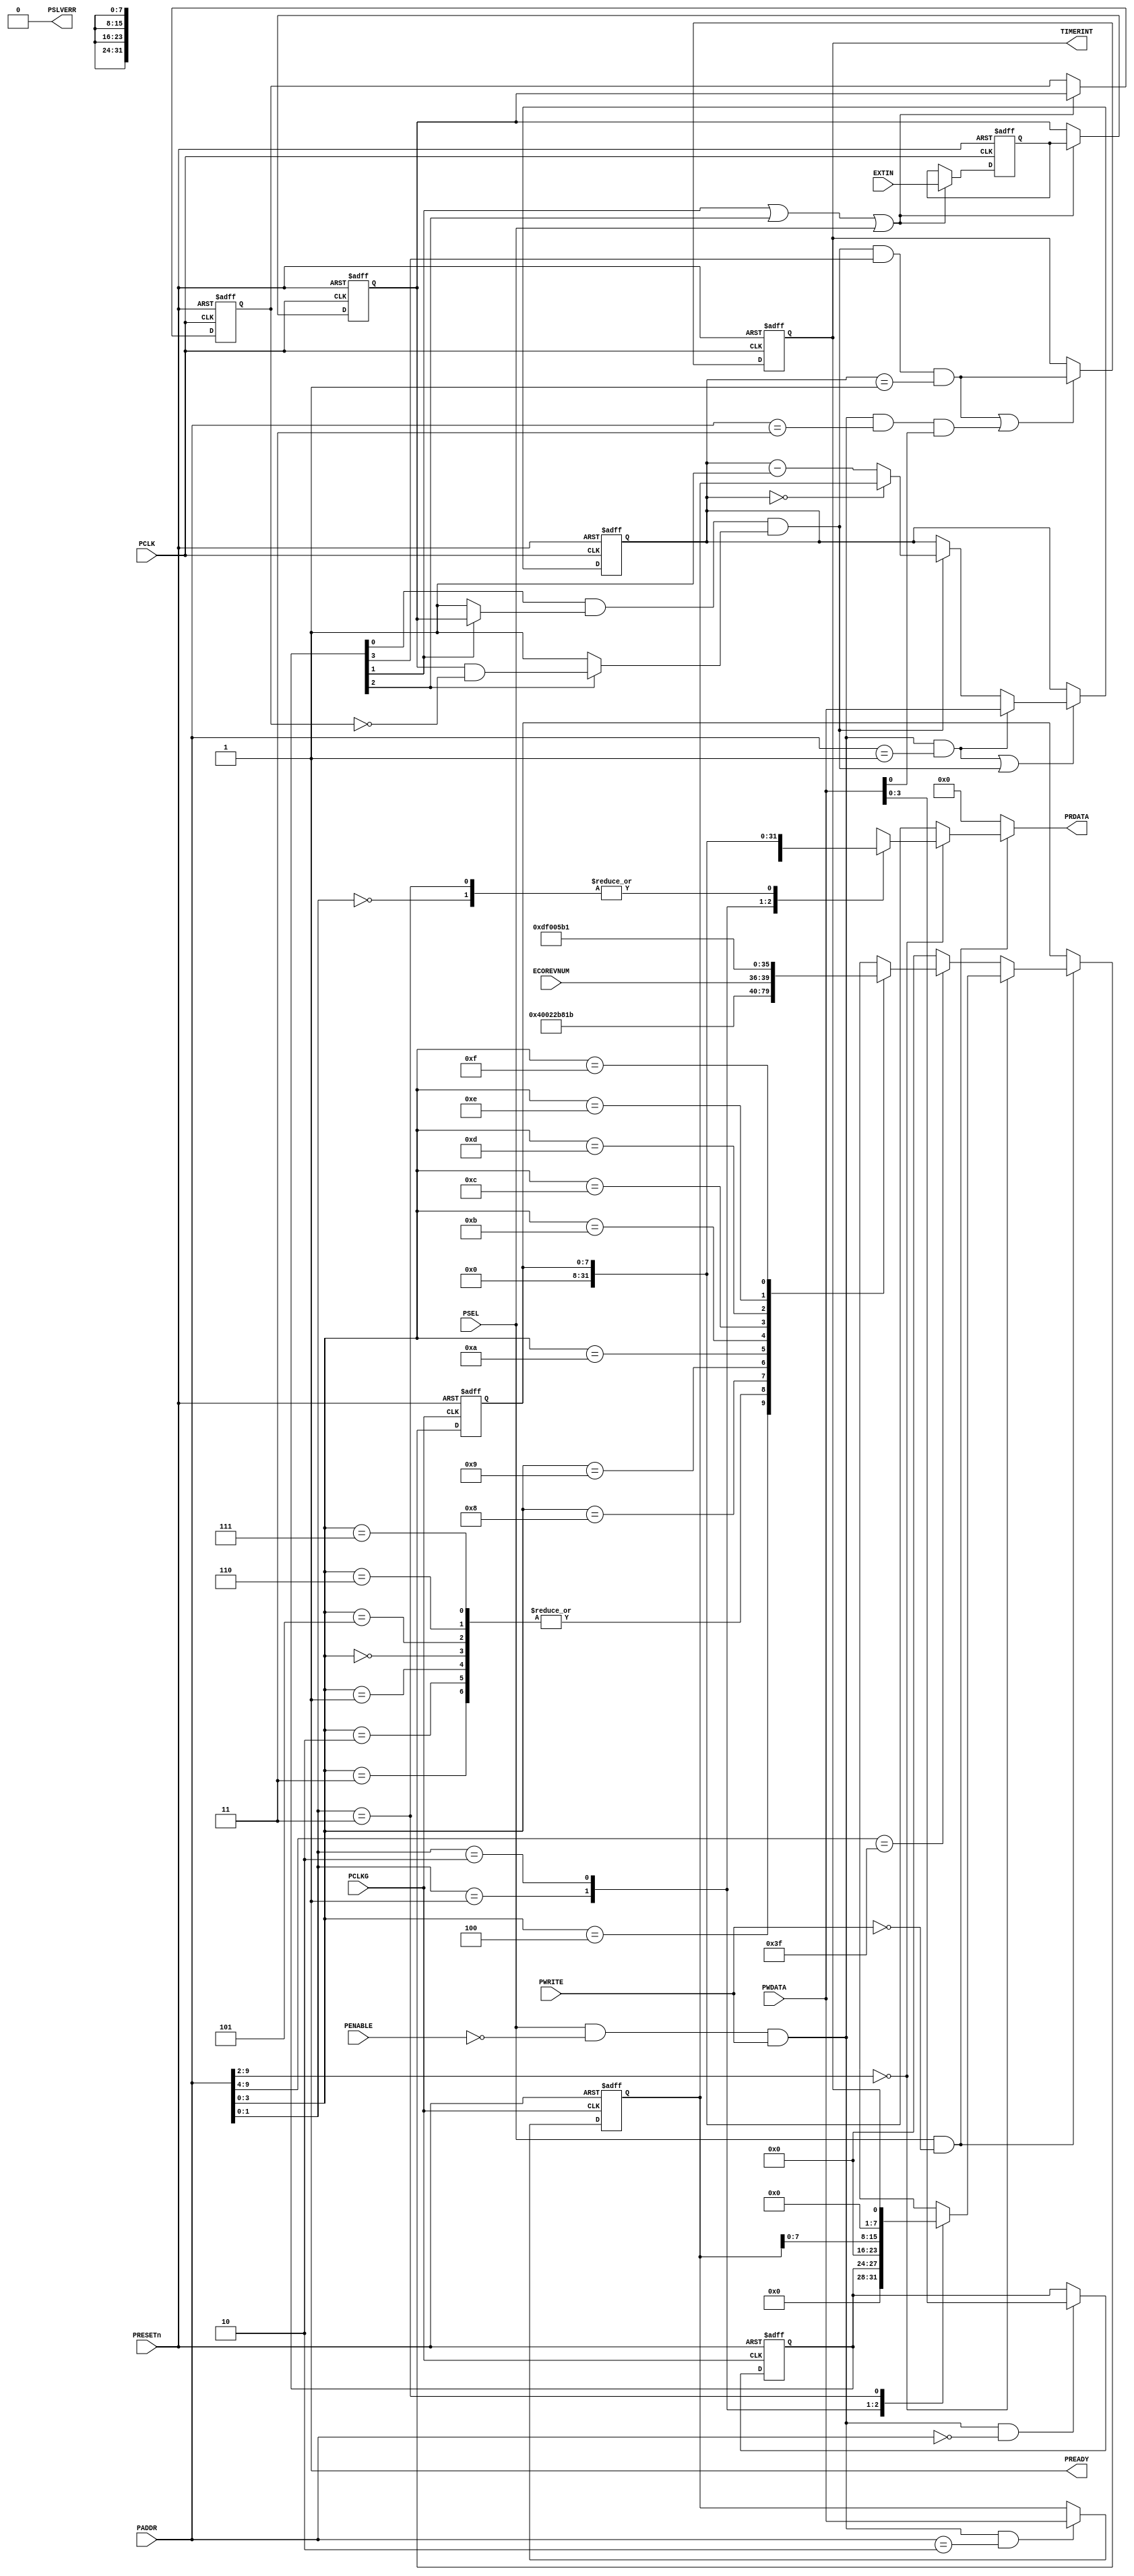
//-----------------------------------------------------------------------------
// The confidential and proprietary information contained in this file may
// only be used by a person authorised under and to the extent permitted
// by a subsisting licensing agreement from ARM Limited.
//
//            (C) COPYRIGHT 2010-2013 ARM Limited.
//                ALL RIGHTS RESERVED
//
// This entire notice must be reproduced on all copies of this file
// and copies of this file may only be made by a person if such person is
// permitted to do so under the terms of a subsisting license agreement
// from ARM Limited.
//
//      SVN Information
//
//      Checked In          : $Date: 2013-01-10 15:38:18 +0000 (Thu, 10 Jan 2013) $
//
//      Revision            : $Revision: 233272 $
//
//      Release Information : Cortex-M System Design Kit-r1p0-00rel0
//
//-----------------------------------------------------------------------------
//-----------------------------------------------------------------------------
// Abstract : Simple APB timer
//-----------------------------------------------------------------------------
//
//-------------------------------------
// Programmer's model
// 0x00 RW    CTRL[3:0]
//              [3] Timer Interrupt Enable
//              [2] Select External input as Clock
//              [1] Select External input as Enable
//              [0] Enable
// 0x04 RW    Current Value[31:0]
// 0x08 RW    Reload Value[31:0]
// 0x0C R/Wc  Timer Interrupt
//              [0] Interrupt, right 1 to clear
// 0x3E0 - 0x3FC  ID registers
//-------------------------------------

module cmsdk_apb_timer (
  input  wire        PCLK,    // PCLK for timer operation
  input  wire        PCLKG,   // Gated clock
  input  wire        PRESETn, // Reset

  input  wire        PSEL,    // Device select
  input  wire [11:2] PADDR,   // Address
  input  wire        PENABLE, // Transfer control
  input  wire        PWRITE,  // Write control
  input  wire [31:0] PWDATA,  // Write data

  input  wire  [3:0] ECOREVNUM,// Engineering-change-order revision bits

  output wire [31:0] PRDATA,  // Read data
  output wire        PREADY,  // Device ready
  output wire        PSLVERR, // Device error response

  input  wire        EXTIN,   // External input

  output wire        TIMERINT); // Timer interrupt output

// Local ID parameters, APB timer part number is 0x822
localparam  ARM_CMSDK_APB_TIMER_PID0 = 8'h22;
localparam  ARM_CMSDK_APB_TIMER_PID1 = 8'hB8;
localparam  ARM_CMSDK_APB_TIMER_PID2 = 8'h1B;
localparam  ARM_CMSDK_APB_TIMER_PID3 = 4'h0;
localparam  ARM_CMSDK_APB_TIMER_PID4 = 8'h04;
localparam  ARM_CMSDK_APB_TIMER_PID5 = 8'h00;
localparam  ARM_CMSDK_APB_TIMER_PID6 = 8'h00;
localparam  ARM_CMSDK_APB_TIMER_PID7 = 8'h00;
localparam  ARM_CMSDK_APB_TIMER_CID0 = 8'h0D;
localparam  ARM_CMSDK_APB_TIMER_CID1 = 8'hF0;
localparam  ARM_CMSDK_APB_TIMER_CID2 = 8'h05;
localparam  ARM_CMSDK_APB_TIMER_CID3 = 8'hB1;

// Signals for read/write controls
wire          read_enable;
wire          write_enable;
wire          write_enable00; // Write enable for Control register
wire          write_enable04; // Write enable for Current Value register
wire          write_enable08; // Write enable for Reload Value register
wire          write_enable0c; // Write enable for Interrupt register
reg     [7:0] read_mux_byte0;
reg     [7:0] read_mux_byte0_reg;
reg    [31:0] read_mux_word;
wire    [3:0] pid3_value;

// Signals for Control registers
reg     [3:0] reg_ctrl;
reg    [31:0] reg_curr_val;
reg    [31:0] reg_reload_val;
reg    [31:0] nxt_curr_val;

// Internal signals
reg           ext_in_sync1;  // Synchronisation registers for external input
reg           ext_in_sync2;  // Synchronisation registers for external input
reg           ext_in_delay;  // Delay register for edge detection
wire          ext_in_enable; // enable control for external input
wire          dec_ctrl;      // Decrement control
wire          clk_ctrl;      // Clk select result
wire          enable_ctrl;   // Enable select result
wire          edge_detect;   // Edge detection
reg           reg_timer_int; // Timer interrupt output register
wire          timer_int_clear; // Clear timer interrupt status
wire          timer_int_set;   // Set timer interrupt status
wire          update_timer_int;// Update Timer interrupt output register

// Start of main code
// Read and write control signals
assign  read_enable  = PSEL & (~PWRITE); // assert for whole APB read transfer
assign  write_enable = PSEL & (~PENABLE) & PWRITE; // assert for 1st cycle of write transfer
assign  write_enable00 = write_enable & (PADDR[11:2] == 10'h000);
assign  write_enable04 = write_enable & (PADDR[11:2] == 10'h001);
assign  write_enable08 = write_enable & (PADDR[11:2] == 10'h002);
assign  write_enable0c = write_enable & (PADDR[11:2] == 10'h003);

// Write operations
  // Control register
  always @(posedge PCLKG or negedge PRESETn)
  begin
    if (~PRESETn)
      reg_ctrl <= {4{1'b0}};
    else if (write_enable00)
      reg_ctrl <= PWDATA[3:0];
  end

  // Current Value register
  always @(posedge PCLK or negedge PRESETn)
  begin
    if (~PRESETn)
      reg_curr_val <= {32{1'b0}};
    else if (write_enable04 | dec_ctrl)
      reg_curr_val <= nxt_curr_val;
  end

  // Reload Value register
  always @(posedge PCLKG or negedge PRESETn)
  begin
    if (~PRESETn)
      reg_reload_val <= {32{1'b0}};
    else if (write_enable08)
      reg_reload_val <= PWDATA[31:0];
  end

// Read operation, partitioned into two parts to reduce gate counts
// and improve timing
  assign pid3_value  = ARM_CMSDK_APB_TIMER_PID3;

  // lower 8 bits -registered. Current value register mux not done here
  // because the value can change every cycle
always @(PADDR or reg_ctrl or reg_reload_val or reg_timer_int or
   ECOREVNUM or pid3_value)
  begin
   if (PADDR[11:4] == 8'h00) begin
     case (PADDR[3:2])
     2'h0: read_mux_byte0 =  {{4{1'b0}}, reg_ctrl};
     2'h1: read_mux_byte0 =   {8{1'b0}};
     2'h2: read_mux_byte0 =  reg_reload_val[7:0];
     2'h3: read_mux_byte0 =  {{7{1'b0}}, reg_timer_int};
     default:  read_mux_byte0 =   {8{1'bx}};// x propagation
     endcase
   end
   else if (PADDR[11:6] == 6'h3F) begin
     case  (PADDR[5:2])
       4'h0, 4'h1,4'h2,4'h3: read_mux_byte0 =   {8{1'b0}};
   // ID register - constant values
       4'h4: read_mux_byte0 = ARM_CMSDK_APB_TIMER_PID4; // 0xFD0 : PID 4
       4'h5: read_mux_byte0 = ARM_CMSDK_APB_TIMER_PID5; // 0xFD4 : PID 5
       4'h6: read_mux_byte0 = ARM_CMSDK_APB_TIMER_PID6; // 0xFD8 : PID 6
       4'h7: read_mux_byte0 = ARM_CMSDK_APB_TIMER_PID7; // 0xFDC : PID 7
       4'h8: read_mux_byte0 = ARM_CMSDK_APB_TIMER_PID0; // 0xFE0 : PID 0  APB timer part number[7:0]
       4'h9: read_mux_byte0 = ARM_CMSDK_APB_TIMER_PID1; // 0xFE0 : PID 1 [7:4] jep106_id_3_0. [3:0] part number [11:8]
       4'hA: read_mux_byte0 = ARM_CMSDK_APB_TIMER_PID2; // 0xFE0 : PID 2 [7:4] revision, [3] jedec_used. [2:0] jep106_id_6_4
       4'hB: read_mux_byte0 = {ECOREVNUM[3:0],pid3_value[3:0]};
                                                       // 0xFE0 : PID 3 [7:4] ECO revision, [3:0] modification number
       4'hC: read_mux_byte0 = ARM_CMSDK_APB_TIMER_CID0; // 0xFF0 : CID 0
       4'hD: read_mux_byte0 = ARM_CMSDK_APB_TIMER_CID1; // 0xFF4 : CID 1 PrimeCell class
       4'hE: read_mux_byte0 = ARM_CMSDK_APB_TIMER_CID2; // 0xFF8 : CID 2
       4'hF: read_mux_byte0 = ARM_CMSDK_APB_TIMER_CID3; // 0xFFC : CID 3
       default : read_mux_byte0 = {8{1'bx}}; // x propogation
      endcase
    end
    else begin
       read_mux_byte0 =   {8{1'b0}};     //default read out value
    end
  end

  // Register read data
  always @(posedge PCLKG or negedge PRESETn)
  begin
    if (~PRESETn)
      read_mux_byte0_reg <= {8{1'b0}};
    else if (read_enable)
      read_mux_byte0_reg <= read_mux_byte0;
  end

  // Second level of read mux
  always @(PADDR or read_mux_byte0_reg or reg_curr_val or reg_reload_val)
  begin
  if (PADDR[11:4] == 8'h00) begin
    case (PADDR[3:2])
      2'b01:   read_mux_word = {reg_curr_val[31:0]};
      2'b10:   read_mux_word = {reg_reload_val[31:8],read_mux_byte0_reg};
      2'b00,2'b11:  read_mux_word = {{24{1'b0}} ,read_mux_byte0_reg};
      default : read_mux_word = {32{1'bx}};
    endcase
  end
  else begin
    read_mux_word = {{24{1'b0}}  ,read_mux_byte0_reg};
  end
  end

  // Output read data to APB
  assign PRDATA = (read_enable) ? read_mux_word : {32{1'b0}};
  assign PREADY  = 1'b1; // Always ready
  assign PSLVERR = 1'b0; // Always okay

  assign ext_in_enable = reg_ctrl[1] | reg_ctrl[2] | PSEL;

  // Synchronize input and delay for edge detection
  always @(posedge PCLK or negedge PRESETn)
  begin
    if (~PRESETn)
      begin
      ext_in_sync1 <= 1'b0;
      ext_in_sync2 <= 1'b0;
      ext_in_delay <= 1'b0;
      end
    else if (ext_in_enable)
      begin
      ext_in_sync1 <= EXTIN;
      ext_in_sync2 <= ext_in_sync1;
      ext_in_delay <= ext_in_sync2;
      end
  end

  // Edge detection
  assign edge_detect = ext_in_sync2 & (~ext_in_delay);

  // Clock selection
  assign clk_ctrl    = reg_ctrl[2] ? edge_detect : 1'b1;

  // Enable selection
  assign enable_ctrl = reg_ctrl[1] ? ext_in_sync2 : 1'b1;

  // Overall decrement control
  assign dec_ctrl    = reg_ctrl[0] & enable_ctrl & clk_ctrl;

  // Decrement counter
  always @(write_enable04 or PWDATA or dec_ctrl or reg_curr_val or
  reg_reload_val)
  begin
  if (write_enable04)
    nxt_curr_val = PWDATA[31:0]; // Software write to timer
  else if (dec_ctrl)
    begin
    if (reg_curr_val == {32{1'b0}})
      nxt_curr_val = reg_reload_val; // Reload
    else
      nxt_curr_val = reg_curr_val - 1'b1; // Decrement
    end
  else
    nxt_curr_val = reg_curr_val; // Unchanged
  end

  // Interrupt generation
  // Trigger an interrupt when decrement to 0 and interrupt enabled
  // and hold it until clear by software
  assign timer_int_set   = (dec_ctrl & reg_ctrl[3] & (reg_curr_val==32'h00000001));
  assign timer_int_clear = write_enable0c & PWDATA[0];
  assign update_timer_int= timer_int_set | timer_int_clear;

  // Registering interrupt output
  always @(posedge PCLK or negedge PRESETn)
  begin
    if (~PRESETn)
      reg_timer_int <= 1'b0;
    else if (update_timer_int)
      reg_timer_int <= timer_int_set;
  end

  // Connect to external
  assign TIMERINT = reg_timer_int;

`ifdef ARM_APB_ASSERT_ON
`include "std_ovl_defines.h"

   // ------------------------------------------------------------
   // Assertions
   // ------------------------------------------------------------
   wire ovl_write_setup     = PSEL & (~PENABLE) &  PWRITE ;

   wire ovl_read_access     = PSEL & (~PWRITE) & PENABLE & PREADY;
   wire ovl_write_access    = PSEL & ( PWRITE) & PENABLE & PREADY;

   wire [7:0] ovl_apb_timer_pid3      = {ECOREVNUM[3:0], pid3_value[3:0]};
   reg  [7:0] ovl_apb_timer_pid3_d1;

   reg ovl_write_access_d1;
   reg ovl_write_setup_d1;

   reg [9:0] ovl_paddr_d1;
   reg [31:0] ovl_pwdata_d1;

   reg [3:0] ovl_reg_ctrl_d1;
   reg ovl_reg_timer_int_d1, ovl_timer_int_set_d1;

   always @(posedge PCLK or negedge PRESETn)
   if (~PRESETn)
     begin
       ovl_write_access_d1 <= 1'b0;
       ovl_write_setup_d1 <= 1'b0;
     end
   else
     begin
       ovl_write_setup_d1 <= ovl_write_setup;
       ovl_write_access_d1 <= ovl_write_access;
     end

   always @(posedge PCLK or negedge PRESETn)
   if (~PRESETn)
     begin
       ovl_paddr_d1 <= 10'b0000;
       ovl_pwdata_d1 <= 32'h00000000;
       ovl_apb_timer_pid3_d1 <= 8'h00;
     end
   else
     begin
       ovl_paddr_d1 <= PADDR;
       ovl_pwdata_d1 <= PWDATA;
       ovl_apb_timer_pid3_d1 <= ovl_apb_timer_pid3;
     end

   always @(posedge PCLK or negedge PRESETn)
   if (~PRESETn)
     begin
       ovl_reg_ctrl_d1 <= 4'b0000;
       ovl_reg_timer_int_d1 <= 1'b0;
       ovl_timer_int_set_d1 <= 1'b0;
     end
   else
     begin
       ovl_reg_timer_int_d1 <= reg_timer_int;
       ovl_timer_int_set_d1 <= timer_int_set;
       ovl_reg_ctrl_d1 <= reg_ctrl;
     end

    // A read access on PIDx must always return the expected value

   assert_implication
     #(`OVL_ERROR,`OVL_ASSERT,
       "The PID 4 value must be equal to the expected value.")
   u_ovl_pid4_read_value
     (.clk              (PCLK),
      .reset_n          (PRESETn),
      .antecedent_expr  (ovl_read_access & (PADDR[11:2] == 10'h3F4)),
      .consequent_expr  (PRDATA[7:0] == ARM_CMSDK_APB_TIMER_PID4)
      );

   assert_implication
     #(`OVL_ERROR,`OVL_ASSERT,
       "The PID 5 value must be equal to the expected value.")
   u_ovl_pid5_read_value
     (.clk              (PCLK),
      .reset_n          (PRESETn),
      .antecedent_expr  (ovl_read_access & (PADDR[11:2] == 10'h3F5)),
      .consequent_expr  (PRDATA[7:0] == ARM_CMSDK_APB_TIMER_PID5)
      );

   assert_implication
     #(`OVL_ERROR,`OVL_ASSERT,
       "The PID 6 value must be equal to the expected value.")
   u_ovl_pid6_read_value
     (.clk              (PCLK),
      .reset_n          (PRESETn),
      .antecedent_expr  (ovl_read_access & (PADDR[11:2] == 10'h3F6)),
      .consequent_expr  (PRDATA[7:0] == ARM_CMSDK_APB_TIMER_PID6)
      );

   assert_implication
     #(`OVL_ERROR,`OVL_ASSERT,
       "The PID 7 value must be equal to the expected value.")
   u_ovl_pid7_read_value
     (.clk              (PCLK),
      .reset_n          (PRESETn),
      .antecedent_expr  (ovl_read_access & (PADDR[11:2] == 10'h3F7)),
      .consequent_expr  (PRDATA[7:0] == ARM_CMSDK_APB_TIMER_PID7)
      );

   assert_implication
     #(`OVL_ERROR,`OVL_ASSERT,
       "The PID 0 value must be equal to the expected value.")
   u_ovl_pid0_read_value
     (.clk              (PCLK),
      .reset_n          (PRESETn),
      .antecedent_expr  (ovl_read_access & (PADDR[11:2] == 10'h3F8)),
      .consequent_expr  (PRDATA[7:0] ==  ARM_CMSDK_APB_TIMER_PID0)
      );

   assert_implication
     #(`OVL_ERROR,`OVL_ASSERT,
       "The PID 1 value must be equal to the expected value.")
   u_ovl_pid1_read_value
     (.clk              (PCLK),
      .reset_n          (PRESETn),
      .antecedent_expr  (ovl_read_access & (PADDR[11:2] == 10'h3F9)),
      .consequent_expr  (PRDATA[7:0] == ARM_CMSDK_APB_TIMER_PID1)
      );

   assert_implication
     #(`OVL_ERROR,`OVL_ASSERT,
       "The PID 2 value must be equal to the expected value.")
   u_ovl_pid2_read_value
     (.clk              (PCLK),
      .reset_n          (PRESETn),
      .antecedent_expr  (ovl_read_access & (PADDR[11:2] == 10'h3FA)),
      .consequent_expr  (PRDATA[7:0] == ARM_CMSDK_APB_TIMER_PID2)
      );

   assert_implication
     #(`OVL_ERROR,`OVL_ASSERT,
       "The PID 3 value must be equal to the expected value.")
   u_ovl_pid3_read_value
     (.clk              (PCLK),
      .reset_n          (PRESETn),
      .antecedent_expr  (ovl_read_access & (PADDR[11:2] == 10'h3FB)),
      .consequent_expr  (PRDATA[7:0] == ovl_apb_timer_pid3_d1)
      );

   // A read access on CIDx must always return the expected value

   assert_implication
     #(`OVL_ERROR,`OVL_ASSERT,
       "The CID 0 value must be equal to the expected value.")
   u_ovl_cid0_read_value
     (.clk              (PCLK),
      .reset_n          (PRESETn),
      .antecedent_expr  (ovl_read_access & (PADDR[11:2] == 10'h3FC)),
      .consequent_expr  (PRDATA[7:0] ==  ARM_CMSDK_APB_TIMER_CID0)
      );

   assert_implication
     #(`OVL_ERROR,`OVL_ASSERT,
       "The CID 1 value must be equal to the expected value.")
   u_ovl_cid1_read_value
     (.clk              (PCLK),
      .reset_n          (PRESETn),
      .antecedent_expr  (ovl_read_access & (PADDR[11:2] == 10'h3FD)),
      .consequent_expr  (PRDATA[7:0] == ARM_CMSDK_APB_TIMER_CID1)
      );

   assert_implication
     #(`OVL_ERROR,`OVL_ASSERT,
       "The CID 2 value must be equal to the expected value.")
   u_ovl_cid2_read_value
     (.clk              (PCLK),
      .reset_n          (PRESETn),
      .antecedent_expr  (ovl_read_access & (PADDR[11:2] == 10'h3FE)),
      .consequent_expr  (PRDATA[7:0] == ARM_CMSDK_APB_TIMER_CID2)
      );

   assert_implication
     #(`OVL_ERROR,`OVL_ASSERT,
       "The CID 3 value must be equal to the expected value.")
   u_ovl_cid3_read_value
     (.clk              (PCLK),
      .reset_n          (PRESETn),
      .antecedent_expr  (ovl_read_access & (PADDR[11:2] == 10'h3FF)),
      .consequent_expr  (PRDATA[7:0] == ARM_CMSDK_APB_TIMER_CID3)
      );

   // Clear interrupt with software access

   assert_implication
     #(`OVL_ERROR, `OVL_ASSERT,
       "A software clear must clear the interrupt correctly.")
   u_ovl_interrupt_clear
     (.clk              (PCLK),
      .reset_n          (PRESETn),
      .antecedent_expr  (ovl_write_setup_d1 & (ovl_paddr_d1[9:0] == 10'h003) & ovl_pwdata_d1[0]
                         & (ovl_reg_timer_int_d1 == 1'b1) & (~ovl_timer_int_set_d1)),
      .consequent_expr  (reg_timer_int == 1'b0)
      );


   // Check register set command: CTRL[3] register

   assert_implication
    #(`OVL_ERROR, //1,1,0,
      `OVL_ASSERT,
      "Write 1 to set the Timer Interrupt Enable"
      )
    u_ovl_apb_timer_set_reg_ctrl_3
    (.clk               (PCLK ),
     .reset_n           (PRESETn),
     .antecedent_expr   (ovl_write_access_d1 & (ovl_paddr_d1[9:0] == 10'h000) ),
     .consequent_expr   (reg_ctrl == (ovl_reg_ctrl_d1 | ({ovl_pwdata_d1[3], 1'b0, 1'b0, 1'b0})))
     );

   // Check register set command: CTRL[2] register

   assert_implication
    #(`OVL_ERROR, //1,1,0,
      `OVL_ASSERT,
      "Write 1 to set the Timer External In as clock"
      )
    u_ovl_apb_timer_set_reg_ctrl_2
    (.clk               (PCLK ),
     .reset_n           (PRESETn),
     .antecedent_expr   (ovl_write_access_d1 & (ovl_paddr_d1[9:0] == 10'h000) ),
     .consequent_expr   (reg_ctrl == (ovl_reg_ctrl_d1 | ({1'b0, ovl_pwdata_d1[2], 1'b0, 1'b0})))
     );

   // Check register set command: CTRL[1] register

   assert_implication
    #(`OVL_ERROR, //1,1,0,
      `OVL_ASSERT,
      "Write 1 to set the Timer External In as enable"
      )
    u_ovl_apb_timer_set_reg_ctrl_1
    (.clk               (PCLK ),
     .reset_n           (PRESETn),
     .antecedent_expr   (ovl_write_access_d1 & (ovl_paddr_d1[9:0] == 10'h000) ),
     .consequent_expr   (reg_ctrl == (ovl_reg_ctrl_d1 | ({1'b0, 1'b0, ovl_pwdata_d1[1], 1'b0})))
     );

   // Check register set command: CTRL[0] register

   assert_implication
    #(`OVL_ERROR, //1,1,0,
      `OVL_ASSERT,
      "Write 1 to set the Enable"
      )
    u_ovl_apb_timer_set_reg_ctrl_0
    (.clk               (PCLK ),
     .reset_n           (PRESETn),
     .antecedent_expr   (ovl_write_access_d1 & (ovl_paddr_d1[9:0] == 10'h000) ),
     .consequent_expr   (reg_ctrl == (ovl_reg_ctrl_d1 | ({1'b0, 1'b0, 1'b0, ovl_pwdata_d1[0]})))
     );

   // Check register set command: VALUE register

   assert_implication
    #(`OVL_ERROR, //1,1,0,
      `OVL_ASSERT,
      "Write 1 to set the Enable"
      )
    u_ovl_apb_timer_value_reg
    (.clk               (PCLK ),
     .reset_n           (PRESETn),
     .antecedent_expr   (ovl_write_setup_d1 & (ovl_paddr_d1[9:0] == 10'h001) ),
     .consequent_expr   (reg_curr_val == (ovl_pwdata_d1))
     );

   // Check register set command: RELOAD register

   assert_implication
    #(`OVL_ERROR, //1,1,0,
      `OVL_ASSERT,
      "Write 1 to set the Enable"
      )
    u_ovl_apb_timer_reload_reg
    (.clk               (PCLK ),
     .reset_n           (PRESETn),
     .antecedent_expr   (ovl_write_access_d1 & (ovl_paddr_d1[9:0] == 10'h002) ),
     .consequent_expr   (reg_reload_val == (ovl_pwdata_d1))
     );

   // APB interface always responds with OKAY

   assert_always
     #(`OVL_ERROR,`OVL_ASSERT,
       "The APB interface must only respond with OKAY.")
   u_ovl_no_apb_error
     (.clk      (PCLK),
      .reset_n  (PRESETn),
      .test_expr(PSLVERR == 1'b0)
      );

   // APB interface always has zero wait states

   assert_always
     #(`OVL_ERROR,`OVL_ASSERT,
       "The APB interface must have only zero wait states.")
   u_ovl_no_apb_wait_states
     (.clk      (PCLK),
      .reset_n  (PRESETn),
      .test_expr(PREADY == 1'b1)
      );


  //****************************************
  // X check
  //****************************************

  //Timer interrupt should not go to X

    assert_never_unknown
    #(`OVL_ERROR, 1, `OVL_ASSERT,
      "APB Timer TIMERINT went X")
     u_ovl_apb_timer_timerint_x (
     .clk(PCLK),
     .reset_n(PRESETn),
     .qualifier(1'b1),
     .test_expr(TIMERINT)
     );

  //APB Read data interrupt should not go to X

    assert_never_unknown
    #(`OVL_ERROR, 32, `OVL_ASSERT,
      "APB Timer PRDATA went X")
     u_ovl_apb_timer_prdata_x (
     .clk (PCLK),
     .reset_n (PRESETn),
     .qualifier (1'b1),
     .test_expr (PRDATA)
     );

`endif

endmodule